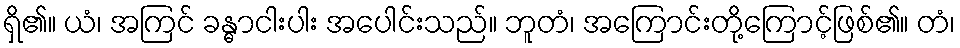
ရှိ၏။ ယံ၊ အကြင် ခန္ဓာငါးပါး အပေါင်းသည်။ ဘူတံ၊ အကြောင်းတို့ကြောင့်ဖြစ်၏။ တံ၊